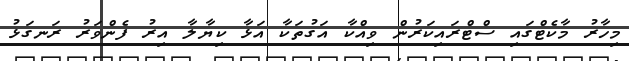
މިހާރު މާކެޓްގައި ސްޓްރައިކަރުން ވިއްކާ އަގުތަކާ އަޅާ ކިޔާލާ އިރު ފެންވަރު ރަނގަޅު